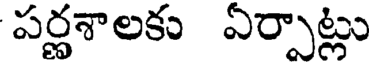
పర్ణశాలకు ఏర్పాట్లు